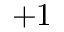
+ 1